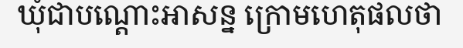
ឃុំជាបណ្តោះអាសន្ន ក្រោមហេតុផលថា